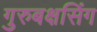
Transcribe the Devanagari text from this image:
गुरुबक्षसिंग